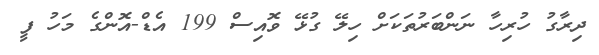
ދިރާގު ހުރިހާ ނަންބަރުތަކަށް ހިލޭ ގުޅޭ ވޮއިސް 199 އެޑް-އޮންގެ މަހު ފީ